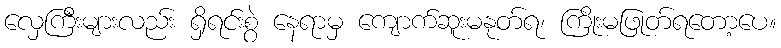
လှေကြီးများလည်း ရှိရင်းစွဲ နေရာမှ ကျောက်ဆူးမနုတ်ရ၊ ကြိုးမဖြုတ်ရတော့ပေ။